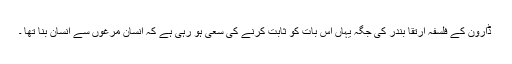
ڈارون کے فلسفہ ارتقا بندر کی جگہ یہاں اس بات کو ثابت کرنے کی سعی ہو رہی ہے کہ انسان مرغوں سے انسان بنا تھا ۔